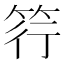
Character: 筕